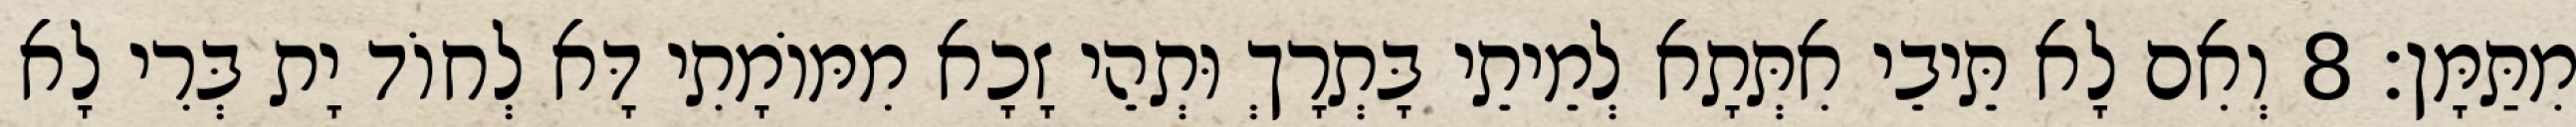
מִתַּמָּן׃ 8 וְאִם לָא תֵּיבֵי אִתְּתָא לְמֵיתֵי בָּתְרָךְ וּתְהֵי זָכָא מִמּוֹמָתִי דָּא לְחוֹד יָת בְּרִי לָא